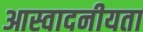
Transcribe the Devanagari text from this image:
आस्वादनीयता